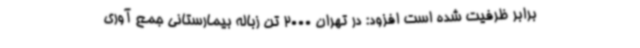
برابر ظرفیت شده است افزود: در تهران 2000 تن زباله بیمارستانی جمع آوری